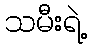
သမီးရဲ့